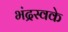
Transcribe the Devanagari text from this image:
भंद्रस्वके